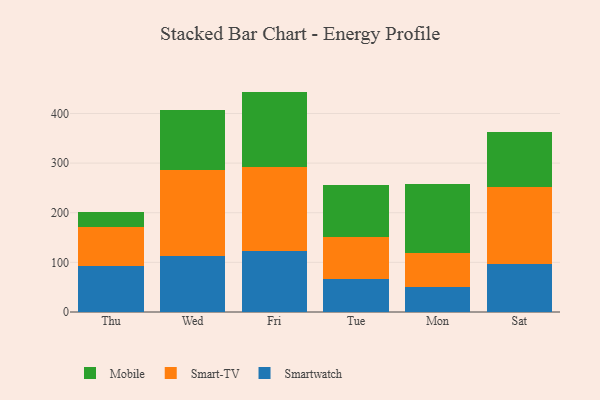
{"axis": {"x": "Day", "y": "Market Share (%)"}, "legend": ["Mobile", "Smart-TV", "Smartwatch"], "data": [{"x": "Thu", "y": 93.6, "type": "Smartwatch"}, {"x": "Thu", "y": 77.5, "type": "Smart-TV"}, {"x": "Thu", "y": 29.5, "type": "Mobile"}, {"x": "Wed", "y": 112.5, "type": "Smartwatch"}, {"x": "Wed", "y": 173.0, "type": "Smart-TV"}, {"x": "Wed", "y": 121.2, "type": "Mobile"}, {"x": "Fri", "y": 122.7, "type": "Smartwatch"}, {"x": "Fri", "y": 169.6, "type": "Smart-TV"}, {"x": "Fri", "y": 151.8, "type": "Mobile"}, {"x": "Tue", "y": 67.4, "type": "Smartwatch"}, {"x": "Tue", "y": 84.7, "type": "Smart-TV"}, {"x": "Tue", "y": 102.9, "type": "Mobile"}, {"x": "Mon", "y": 50.3, "type": "Smartwatch"}, {"x": "Mon", "y": 68.4, "type": "Smart-TV"}, {"x": "Mon", "y": 139.9, "type": "Mobile"}, {"x": "Sat", "y": 97.0, "type": "Smartwatch"}, {"x": "Sat", "y": 155.2, "type": "Smart-TV"}, {"x": "Sat", "y": 111.2, "type": "Mobile"}]}